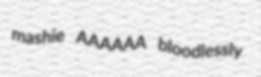
mashie AAAAAA bloodlessly